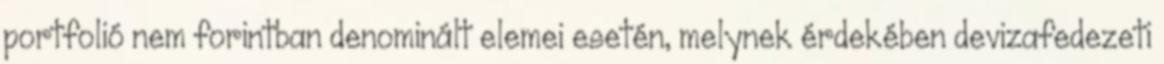
portfolió nem forintban denominált elemei esetén, melynek érdekében devizafedezeti